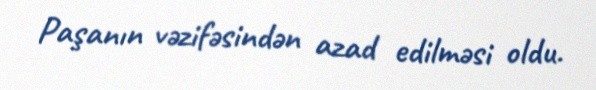
Paşanın vəzifəsindən azad edilməsi oldu.